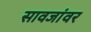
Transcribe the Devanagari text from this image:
सावजांवर